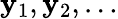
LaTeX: \mathbf{y}_{1},\mathbf{y}_{2},\dotsc